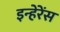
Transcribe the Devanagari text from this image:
इन्हेरेंस